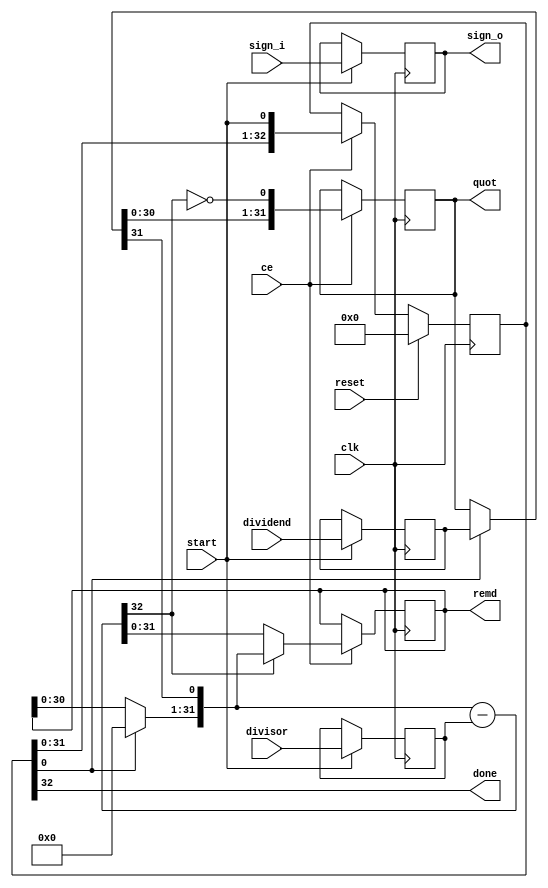
module video_scaler_sdivhbi_div_u
#(parameter
    in0_WIDTH = 32,
    in1_WIDTH = 32,
    out_WIDTH = 32
)
(
    input                       clk,
    input                       reset,
    input                       ce,
    input                       start,
    input       [in0_WIDTH-1:0] dividend,
    input       [in1_WIDTH-1:0] divisor,
    input       [1:0]           sign_i,
    output wire [1:0]           sign_o,
    output wire                 done,
    output wire [out_WIDTH-1:0] quot,
    output wire [out_WIDTH-1:0] remd
);

localparam cal_WIDTH = (in0_WIDTH > in1_WIDTH)? in0_WIDTH : in1_WIDTH;

//------------------------Local signal-------------------
reg     [in0_WIDTH-1:0] dividend0;
reg     [in1_WIDTH-1:0] divisor0;
reg     [1:0]           sign0;
reg     [in0_WIDTH-1:0] dividend_tmp;
reg     [in0_WIDTH-1:0] remd_tmp;
wire    [in0_WIDTH-1:0] dividend_tmp_mux;
wire    [in0_WIDTH-1:0] remd_tmp_mux;
wire    [in0_WIDTH-1:0] comb_tmp;
wire    [cal_WIDTH:0]   cal_tmp;

//------------------------Body---------------------------
assign  quot   = dividend_tmp;
assign  remd   = remd_tmp;
assign  sign_o = sign0;

// dividend0, divisor0
always @(posedge clk)
begin
    if (start) begin
        dividend0 <= dividend;
        divisor0  <= divisor;
        sign0     <= sign_i;
    end
end

// One-Hot Register
// r_stage[0]=1:accept input; r_stage[in0_WIDTH]=1:done
reg     [in0_WIDTH:0]     r_stage;
assign done = r_stage[in0_WIDTH];
always @(posedge clk)
begin
    if (reset == 1'b1)
        r_stage[in0_WIDTH:0] <= {in0_WIDTH{1'b0}};
    else if (ce)
        r_stage[in0_WIDTH:0] <= {r_stage[in0_WIDTH-1:0], start};
end

// MUXs
assign  dividend_tmp_mux = r_stage[0]? dividend0 : dividend_tmp;
assign  remd_tmp_mux     = r_stage[0]? {in0_WIDTH{1'b0}} : remd_tmp;

if (in0_WIDTH == 1) assign comb_tmp = dividend_tmp_mux[0];
else                assign comb_tmp = {remd_tmp_mux[in0_WIDTH-2:0], dividend_tmp_mux[in0_WIDTH-1]};

assign  cal_tmp  = {1'b0, comb_tmp} - {1'b0, divisor0};

always @(posedge clk)
begin
    if (ce) begin
        if (in0_WIDTH == 1) dividend_tmp <= ~cal_tmp[cal_WIDTH];
        else           dividend_tmp <= {dividend_tmp_mux[in0_WIDTH-2:0], ~cal_tmp[cal_WIDTH]};
        remd_tmp     <= cal_tmp[cal_WIDTH]? comb_tmp : cal_tmp[in0_WIDTH-1:0];
    end
end

endmodule